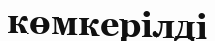
көмкерілді